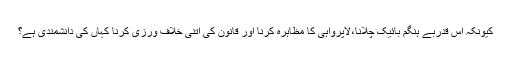
کیونکہ اس قدربے ہنگم بائیک چلانا،لاپرواہی کا مظاہرہ کرنا اور قانون کی اتنی خلاف ورزی کرنا کہاں کی دانشمندی ہے؟